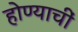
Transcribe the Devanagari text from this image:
होण्याचीं